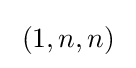
\;(1,n,n)\;